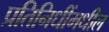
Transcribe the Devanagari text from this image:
प्रतिनिधींमधील